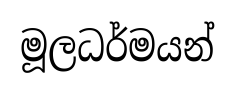
මූලධර්මයන්